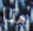
هذا